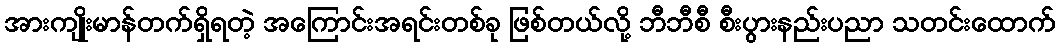
အားကျိုးမာန်တက်ရှိရတဲ့ အကြောင်းအရင်းတစ်ခု ဖြစ်တယ်လို့ ဘီဘီစီ စီးပွားနည်းပညာ သတင်းထောက်